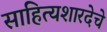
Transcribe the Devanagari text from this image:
साहित्यशारदेचे